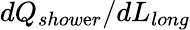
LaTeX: dQ_{show\mathrm{e}r}/dL_{long}